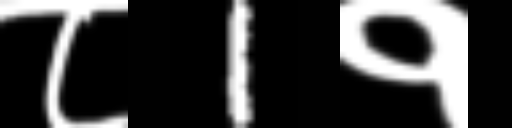
Text: ८1१